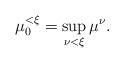
LaTeX: \begin{align*}\mu_0^{<\xi} = \sup_{ \nu < \xi} \mu^{\nu}.\end{align*}